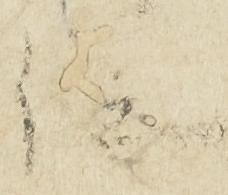
位